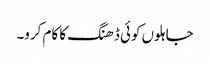
جاہلوں کوئی ڈھنگ کا کام کرو۔